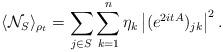
LaTeX: \begin{align*} \langle \mathcal{N}_{S} \rangle_{\rho_t}=\sum_{j\in S}\sum_{k=1}^{n}\eta_k \left|(e^{2itA})_{jk}\right|^2.\end{align*}